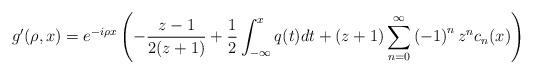
LaTeX: \begin{align*}g^{\prime}(\rho,x)=e^{-i\rho x}\left( -\frac{z-1}{2(z+1)}+\frac{1}{2}\int_{-\infty}^{x}q(t)dt+(z+1)\sum_{n=0}^{\infty}\left( -1\right) ^{n}z^{n}c_{n}(x)\right) \end{align*}